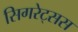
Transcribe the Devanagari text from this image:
सिगरेट्सस